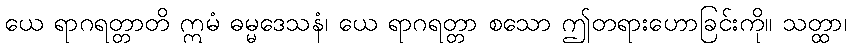
ယေ ရာဂရတ္တာတိ ဣမံ ဓမ္မဒေသနံ၊ ယေ ရာဂရတ္တာ စသော ဤတရားဟောခြင်းကို။ သတ္ထာ၊